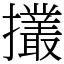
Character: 𢹸